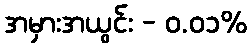
အမှားအယွင်း - ၀.၀၁%